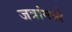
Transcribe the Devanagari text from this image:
जत्रांमध्ये